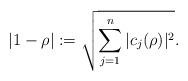
LaTeX: \begin{align*}|1-\rho| := \sqrt{\sum_{j=1}^n|c_j(\rho)|^2}. \end{align*}